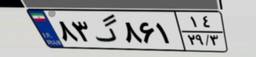
۸۳گ۸۶۱۱۴